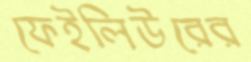
ফেইলিউরের